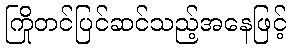
ကြိုတင်ပြင်ဆင်သည့်အနေဖြင့်